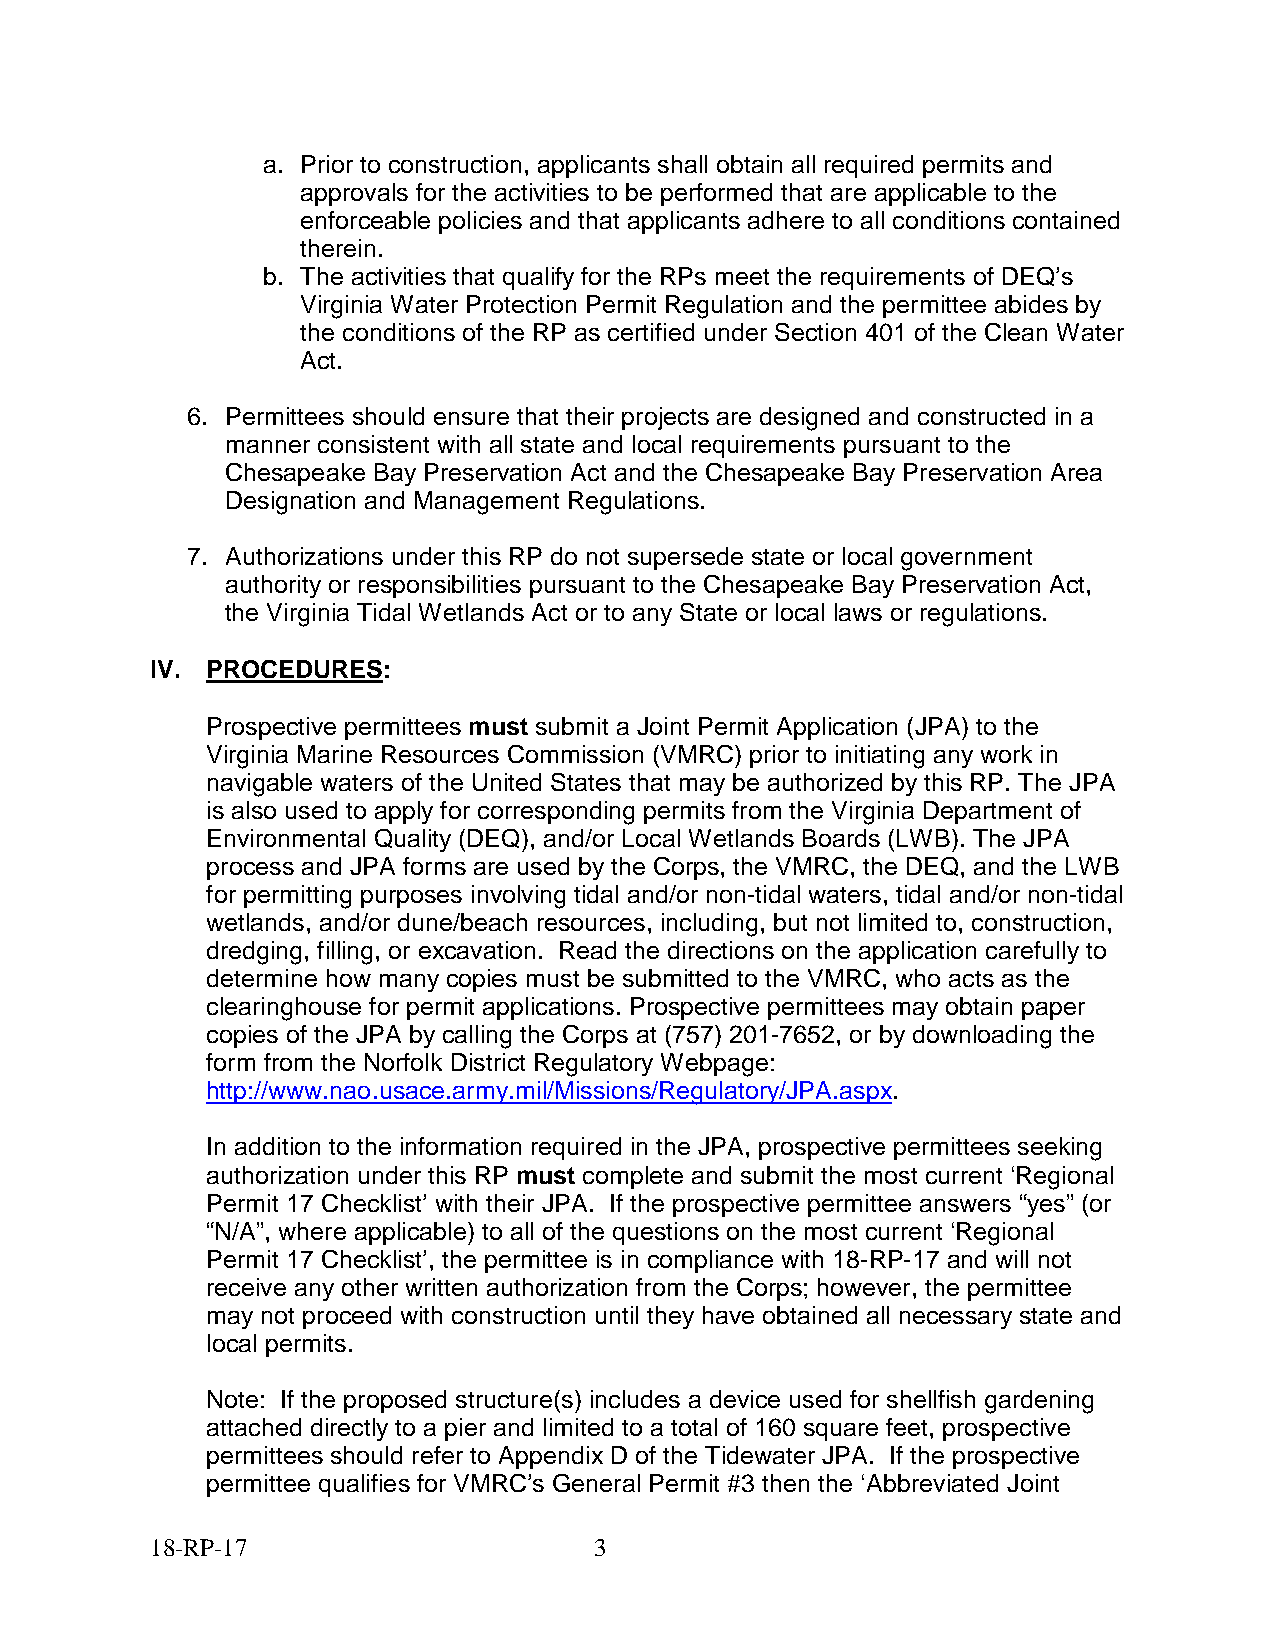
a. Prior to construction, applicants shall obtain all required permits and
 approvals for the activities to be performed that are applicable to the
 enforceable policies and that applicants adhere to all conditions contained
 therein.
 b. The activities that qualify for the RPs meet the requirements of DEQ’s
 Virginia Water Protection Permit Regulation and the permittee abides by
 the conditions of the RP as certified under Section 401 of the Clean Water
 Act.
 6. Permittees should ensure that their projects are designed and constructed in a
 manner consistent with all state and local requirements pursuant to the
 Chesapeake Bay Preservation Act and the Chesapeake Bay Preservation Area
 Designation and Management Regulations.
 7. Authorizations under this RP do not supersede state or local government
 authority or responsibilities pursuant to the Chesapeake Bay Preservation Act,
 the Virginia Tidal Wetlands Act or to any State or local laws or regulations.
 IV. PROCEDURES:
 Prospective permittees must submit a Joint Permit Application (JPA) to the
 Virginia Marine Resources Commission (VMRC) prior to initiating any work in
 navigable waters of the United States that may be authorized by this RP. The JPA
 is also used to apply for corresponding permits from the Virginia Department of
 Environmental Quality (DEQ), and/or Local Wetlands Boards (LWB). The JPA
 process and JPA forms are used by the Corps, the VMRC, the DEQ, and the LWB
 for permitting purposes involving tidal and/or non-tidal waters, tidal and/or non-tidal
 wetlands, and/or dune/beach resources, including, but not limited to, construction,
 dredging, filling, or excavation. Read the directions on the application carefully to
 determine how many copies must be submitted to the VMRC, who acts as the
 clearinghouse for permit applications. Prospective permittees may obtain paper
 copies of the JPA by calling the Corps at (757) 201-7652, or by downloading the
 form from the Norfolk District Regulatory Webpage:
 http://www.nao.usace.army.mil/Missions/Regulatory/JPA.aspx.
 In addition to the information required in the JPA, prospective permittees seeking
 authorization under this RP must complete and submit the most current ‘Regional
 Permit 17 Checklist’ with their JPA. If the prospective permittee answers “yes” (or
 “N/A”, where applicable) to all of the questions on the most current ‘Regional
 Permit 17 Checklist’, the permittee is in compliance with 18-RP-17 and will not
 receive any other written authorization from the Corps; however, the permittee
 may not proceed with construction until they have obtained all necessary state and
 local permits.
 Note: If the proposed structure(s) includes a device used for shellfish gardening
 attached directly to a pier and limited to a total of 160 square feet, prospective
 permittees should refer to Appendix D of the Tidewater JPA. If the prospective
 permittee qualifies for VMRC’s General Permit #3 then the ‘Abbreviated Joint
 18-RP-17                     3